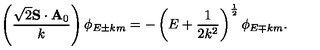
\left( \frac { \sqrt { 2 } { \bf S } \cdot { \bf A } _ { 0 } } { k } \right) \phi _ { E \pm k m } = - \left( E + \frac { 1 } { 2 k ^ { 2 } } \right) ^ { \mathrm { \frac { 1 } { 2 } } } \phi _ { E \mp k m } .